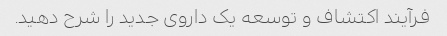
فرآیند اکتشاف و توسعه یک داروی جدید را شرح دهید.